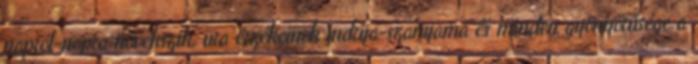
napról-napra növekszik, ura érzékeinek indrija-szamjama és minden gyönyörűsége a